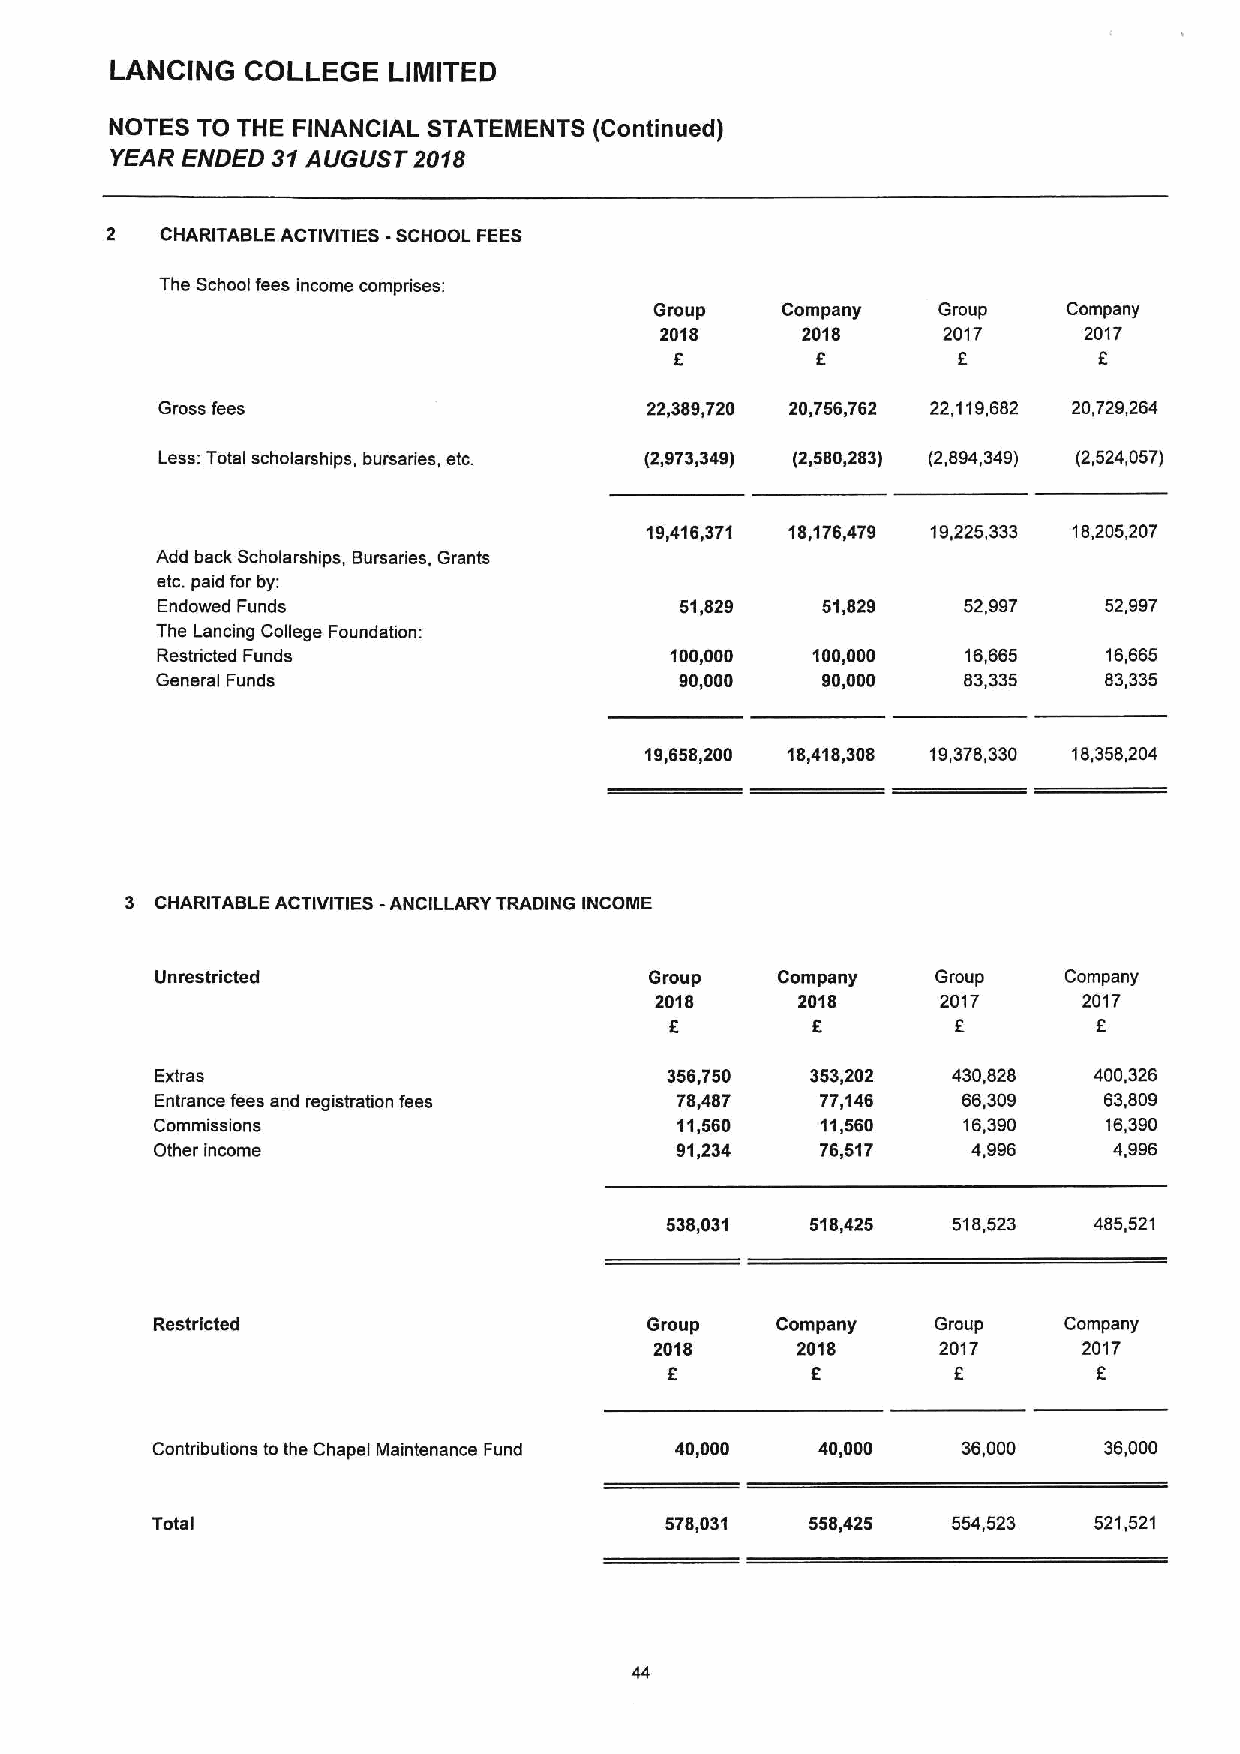
LANCING  COLLEGE   LIMITED
 NOTES TO THE FINANCIAL STATEMENTS (Continued)
 YEAR ENDED 31AUGUST 2018
 2   CHARITABLE ACTIVITIES -SCHOOL FEES
 The School fees income comprises:
 Group    Company   Group    Company
 2018     2018     2017      2017
 6        F        5
 Gross fees                       22,389,720 20,756,762 22,119,682 20,729,264
 Less: Total scholarships, bursaries, etc. (2,973,349) (2,580,283) (2,694,349) (2,524,057)
 19,416,371 18,176,479 19,225,333 15,205,207
 Add back Scholarships, Bursaries, Grants
 etc.paid for by:
 Endowed Funds                      51,829   51,829    52,997   52,997
 The Lancing College Foundation:
 Restricted Funds                  100,000   100,000   16,665   16,665
 General Funds                      90,000   90,000    83,335   83,335
 19,658,200 18,418,308 19,376,330 18,358,204
 3 CHARITABLE ACTIVITIES -ANCILLARY TRADING INCOME
 Unrestricted                     Group   Company    Group    Company
 2018      2018     2017      2017
 8         8        8         6
 Extras                            356,750   353,202  430,528  400,326
 Entrance fees and registration fees 78,487  77,146    66,309   63,809
 Commissions                        11,560   11,560    16,390   16,390
 Other income                       91,234   76,517    4,996     4,996
 538,031   518,425  518,523  485,521
 Restricted                       Group   Company    Group   Company
 2018      2018     2017      2017
 f
 6                  8
 Contributions to the Chapel Maintenance Fund 40,000 40,000 36,000 36,000
 Total                             578,031   558,425  554,523  521,521